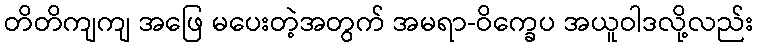
တိတိကျကျ အဖြေ မပေးတဲ့အတွက် အမရာ-ဝိက္ခေပ အယူဝါဒလို့လည်း